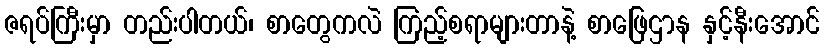
ဇရပ်ကြီးမှာ တည်းပါတယ်၊ စာတွေကလဲ ကြည့်စရာများတာနဲ့ စာဖြေဌာန နှင့်နီးအောင်